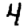
Digit: 4